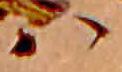
ハ